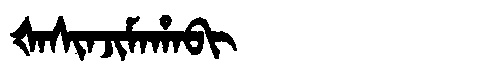
Manchu: ᡧᠠᠰᡳᠨᠵᡳᠮᠠᡥᠠᠪᡳ
Romanization: ŠASINJIMAHABI